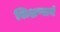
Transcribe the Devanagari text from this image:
शिक्षणानं